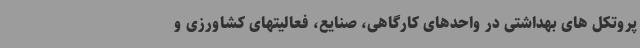
پروتکل های بهداشتی در واحدهای کارگاهی، صنایع، فعالیتهای کشاورزی و